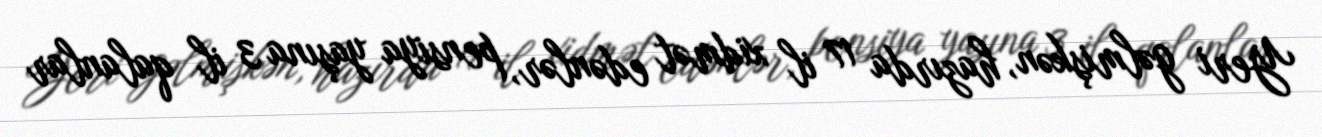
Yeri gəlmişkən, hazırda 17 il xidmət edənlər, pensiya yaşına 3 il qalanlar